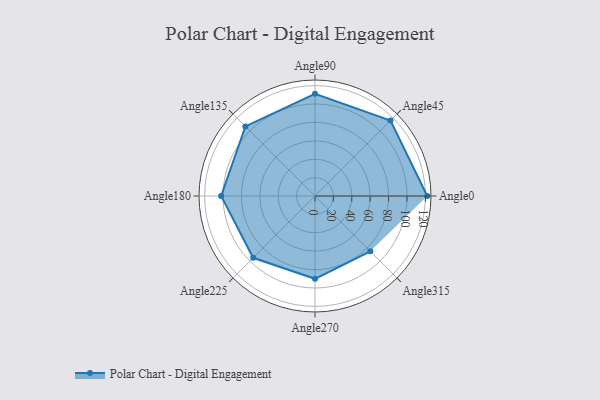
{"axis": {"x": "Angle", "y": "Radius"}, "legend": [""], "data": [{"x": "Angle0", "y": 122.0, "type": ""}, {"x": "Angle45", "y": 116.0, "type": ""}, {"x": "Angle90", "y": 111.0, "type": ""}, {"x": "Angle135", "y": 107.0, "type": ""}, {"x": "Angle180", "y": 102.0, "type": ""}, {"x": "Angle225", "y": 95.0, "type": ""}, {"x": "Angle270", "y": 90.0, "type": ""}, {"x": "Angle315", "y": 85.0, "type": ""}]}